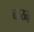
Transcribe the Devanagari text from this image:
बाय्ने